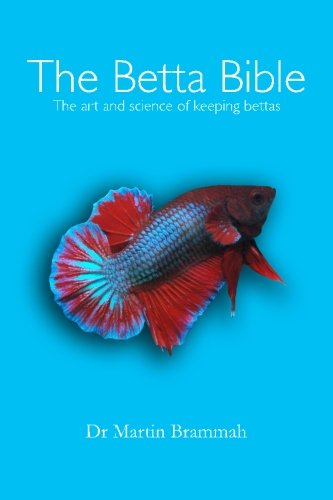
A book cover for The Betta Bible: The Art and Science of Keeping Bettas; Dr Martin Brammah; Crafts, Hobbies & Home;